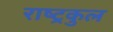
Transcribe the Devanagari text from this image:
राष्‍ट्रकुल